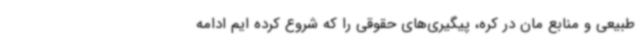
طبیعی و منابع مان در کره، پیگیری‌های حقوقی را که شروع کرده ایم ادامه